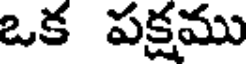
ఒక పక్షము